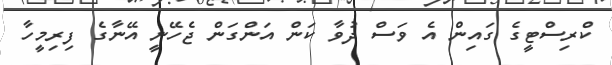
ކްރިސްޓީީގެ ގައިން އެ ވަސް ދުވާ ކަން އަންގަން ޖެހޭނީ އޭނާގެ ފިރިމީހާ